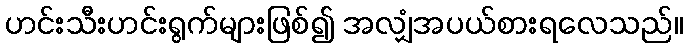
ဟင်းသီးဟင်းရွက်များဖြစ်၍ အလျှံအပယ်စားရလေသည်။